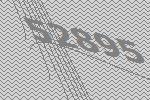
52895